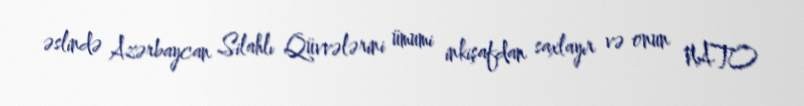
əslində Azərbaycan Silahlı Qüvvələrini ümumi inkişafdan saxlayır və onun NATO